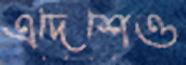
এদেশেও